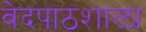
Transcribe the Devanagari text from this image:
वेदपाठशाळा